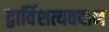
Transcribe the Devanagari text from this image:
द्वाविंशत्यवदान